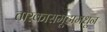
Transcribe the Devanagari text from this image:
तारकासमूहामधून